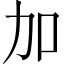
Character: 加